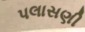
પલાસણી